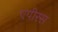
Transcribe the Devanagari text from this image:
एपीरस